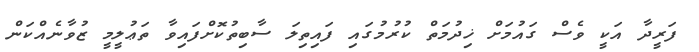
ފަރީދާ އަކީ ވެސް ގައުމަށް ޚިދުމަތް ކުރުމުގައި ފައިތިލަ ސާބިތުކޮށްފައިވާ ތަޢުލީމީ ޒުވާނެއްކަން